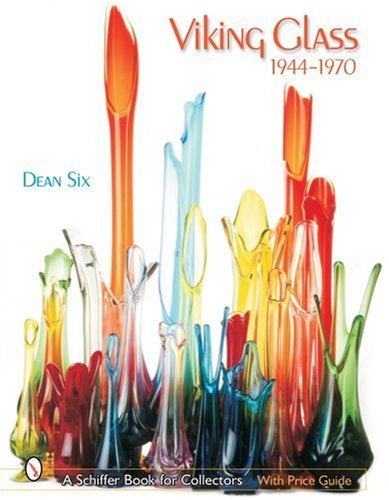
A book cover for Viking Glass 1944-1970 (Schiffer Book for Collectors); Dean Six; Crafts, Hobbies & Home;